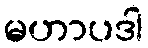
မဟာပဒါ